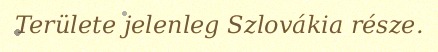
Területe jelenleg Szlovákia része.